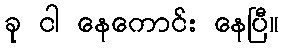
ခု ငါ နေကောင်း နေပြီ။